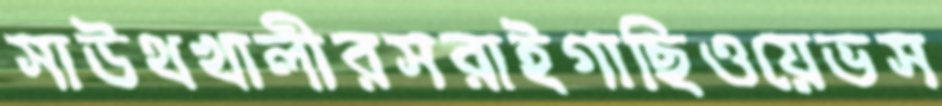
সাউথখালীরসরাইগাছিওয়েভস